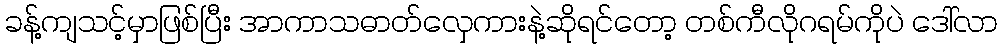
ခန့်ကျသင့်မှာဖြစ်ပြီး အာကာသဓာတ်လှေကားနဲ့ဆိုရင်တော့ တစ်ကီလိုဂရမ်ကိုပဲ ဒေါ်လာ